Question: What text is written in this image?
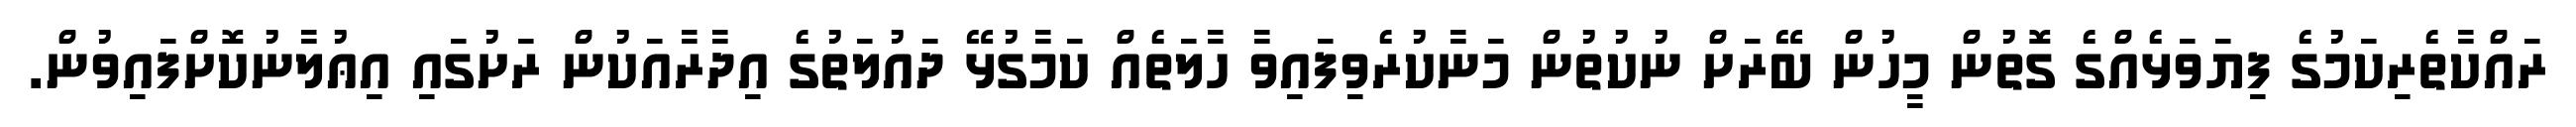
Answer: ރައްކާތެރިކަމުގެ ފިޔަވަޅެއްގެ ގޮތުން މީހުން ބޭރަށް ނުކުތުން މަނާކުރެވިފައިވާ ހާލަތެއް ކަމާގުޅޭ ދައުލަތުގެ އިދާރާއަކުން ރަށުގައި އިޢުލާނުކޮށްފައިވުން.